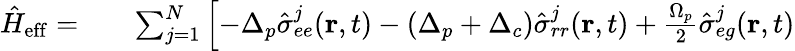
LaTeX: \begin{array}{rlr}{\hat{H}_{\mathrm{eff}}=}&{{}}&{\sum_{j=1}^{N}\left[-\Delta_{p}\hat{\sigma}_{ee}^{j}(\mathbf{r},t)-(\Delta_{p}+\Delta_{c})\hat{\sigma}_{rr}^{j}(\mathbf{r},t)+\frac{\Omega_{p}}{2}\hat{\sigma}_{eg}^{j}(\mathbf{r},t)\right.}\end{array}